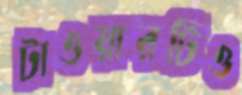
টাওয়ারটিও